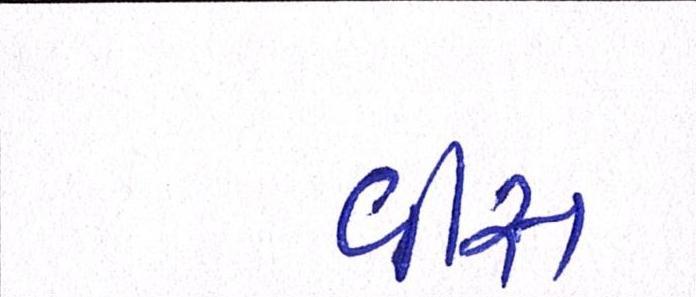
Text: વીસ